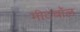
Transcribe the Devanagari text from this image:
मीटबॉल